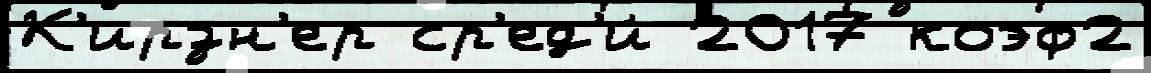
К'ирзн'ер ср'ед'и́ 2017 коэф2